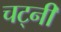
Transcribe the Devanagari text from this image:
चट्नी